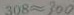
3 0 8 \approx 3 0 0